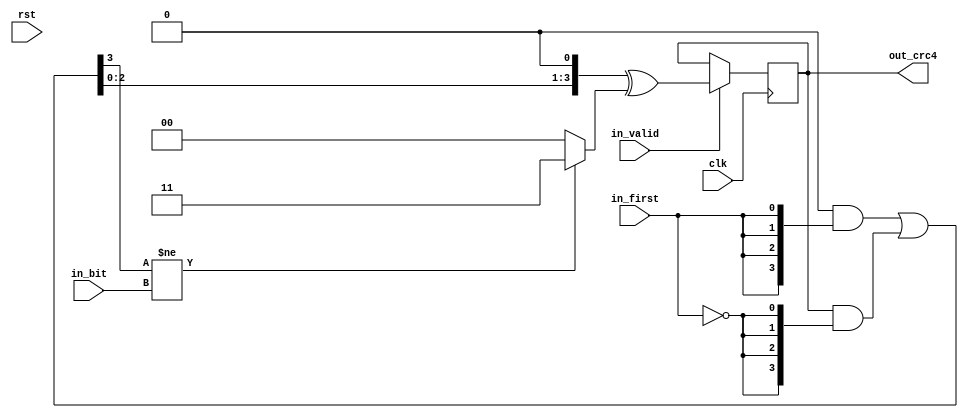
/*
 * e1_crc4.v
 *
 * vim: ts=4 sw=4
 *
 * E1 CRC4 computation
 *
 * Copyright (C) 2019-2020  Sylvain Munaut <tnt@246tNt.com>
 * SPDX-License-Identifier: CERN-OHL-W-2.0
 */

`default_nettype none

module e1_crc4 #(
	parameter INIT = 4'h0,
	parameter POLY = 4'h3
)(
	// Input
	input  wire in_bit,
	input  wire in_first,
	input  wire in_valid,

	// Output (updated 1 cycle after input)
	output wire [3:0] out_crc4,

	// Common
	input  wire clk,
	input  wire rst
);

	reg  [3:0] state;
	wire [3:0] state_fb_mux;
	wire [3:0] state_upd_mux;

	assign state_fb_mux  = (INIT & {4{in_first}}) | (state & {4{~in_first}}); // in_first ? INIT : state
	assign state_upd_mux = (state_fb_mux[3] != in_bit) ? POLY : 0;

	always @(posedge clk)
		if (in_valid)
			state <= { state_fb_mux[2:0], 1'b0 } ^ state_upd_mux;

	assign out_crc4 = state;

endmodule // e1_crc4